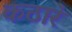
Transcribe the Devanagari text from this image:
कठारे